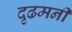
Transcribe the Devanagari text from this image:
दृढमनीं